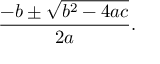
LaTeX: { \frac { - b \pm { \sqrt { b ^ { 2 } - 4 a c } } } { 2 a } } .